Civil Veterinary Department. United Provinces 1912-22 - 1912-1922
Year: 1912
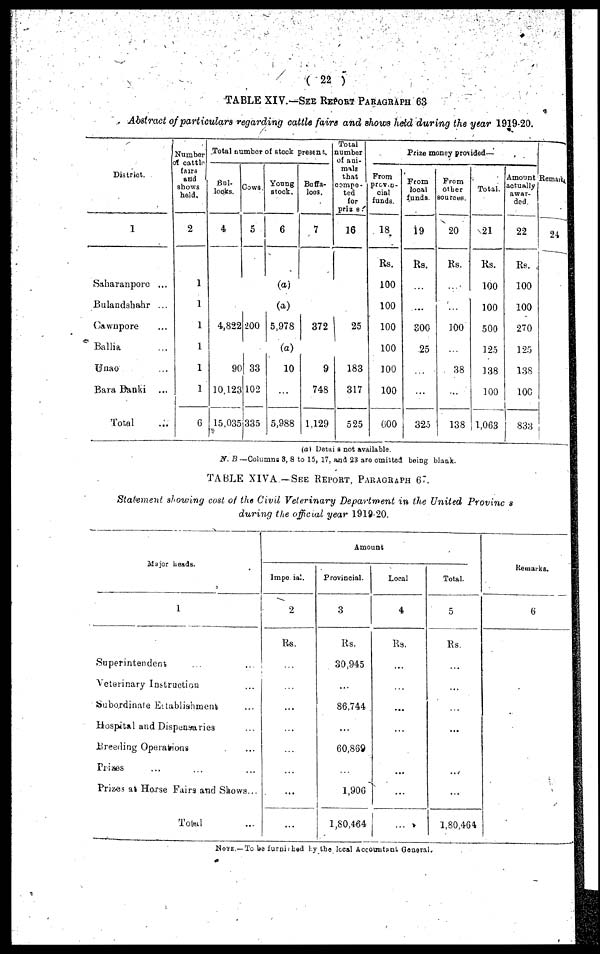
(22)
TABLE XIV.—SEE REPORT, PARAGRAPHS 63
Abstract of particulars regarding cattle fairs and shows hetd during the year 1919-20.
District.
1
Saharanpore ...
Bulandshahr ...
Cawnpore
Ballia
Unao
Bara Banki
Total
Number
off cattle
fairs
and
shows
held.
2
1
1
1
1
1
6
Total number of stock present.
Bul-
locks.
4
4,822
9(
10 123
15,035
Cows
5
200
33
102
335
Young
stock.
6
(a)
(a)
5,978
(a)
10
...
5,988
Buffa-
loos.
7
372
9
748
1.129
Total
number
of ani-
mals
that
compe-
ted
for
prizs.
16
25
183
317
525
Prize money provided—
From
proven-
cial
funds.
18
Rs.
100
100
100
100
100
100
(i00
From
local
funda.
19
Rs.
...
300
25
325
From
other
sources.
20
Rs.
...
100
38
...
i 138
i
Total.
21
Rs.
100
100
500
125
138
100
1,063
Amount
actually
awar-
ded
22
Rs.
100
100
270
125
138
100
833
Remarks
24
(a) Detai s not available.
N.B —Columns 3, 8 to 15, 17, and 23 are omitted being blank.
TABLE XIVA. —SEE REPORT, PARAGRAPHS 67.
Statement showing cost of the Civil Veterinary Department in the United Provinces
durinq the official year 1919-20.
Major heads.
1
Superintendent ...
Veterinary Instruction ...
Subordinale Establishment ...
Hospital and Dispensaries ...
Breeding Operations ...
Prizes ... ... ...
Prizes at Horse Fairs and Shows...
Total ...
Amount
Impe ia
2
Rs.
...
...
...
...
...
...
...
...
Provincial.
3
Rs.
30,945
...
86,744
...
60,869
...
1,906
1,80,464
Local
4
Rs.
...
...
...
...
...
...
...
...
Total.
5
Rs.
...
...
...
...
...
...
...
1,80,464
Remarks.
6
NOTE.—To be furnished by the local Accountant Ganeral.